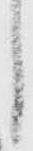
し